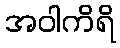
အဝါကိရိ